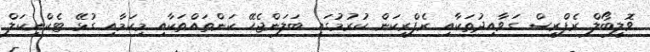
ވޮލީބޯލް ރެފްރީސް ގަވާއިދުތަކާއި ރެފްރީކަން ކުރުމުގައި ބަލަންޖެހޭ ކަންތައްތަކާއި މިކަމާއި ގުޅޭ ޓެކްނިކަލް